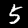
Label: 5